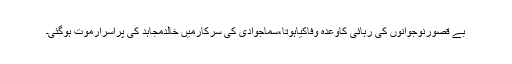
بے قصورنوجوانوں کی رہائی کاوعدہ وفاکیاہوتا،سماجوادی کی سرکارمیں خالدمجاہد کی پراسرارموت ہوگئی۔